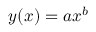
y ( x ) = a x ^ { b }